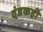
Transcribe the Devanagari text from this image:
दंडकही